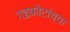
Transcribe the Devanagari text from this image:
गडकोटांच्या